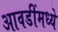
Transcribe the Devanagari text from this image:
आवडींमध्ये